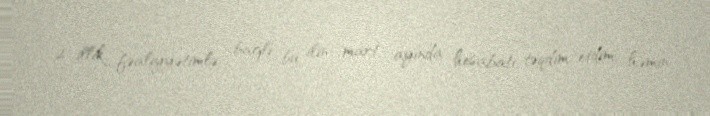
2 illik fəaliyyətimlə bağlı bu ilin mart ayında hesabatı təqdim etdim, həmin